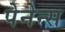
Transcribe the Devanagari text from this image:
पेनेन्स